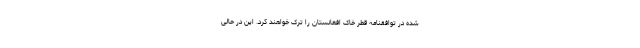
شده در توافقنامه قطر خاک افغانستان را ترک خواهند کرد. این در حالی